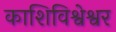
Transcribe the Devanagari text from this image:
काशिविश्वेश्वर